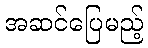
အဆင်ပြေမည့်